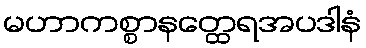
မဟာကစ္စာနတ္ထေရအပဒါနံ